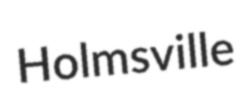
Holmsville